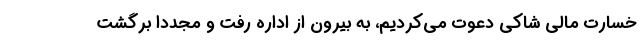
خسارت مالی شاکی دعوت می‌کردیم، به بیرون از اداره رفت و مجددا برگشت